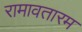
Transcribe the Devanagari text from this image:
रामावतारम